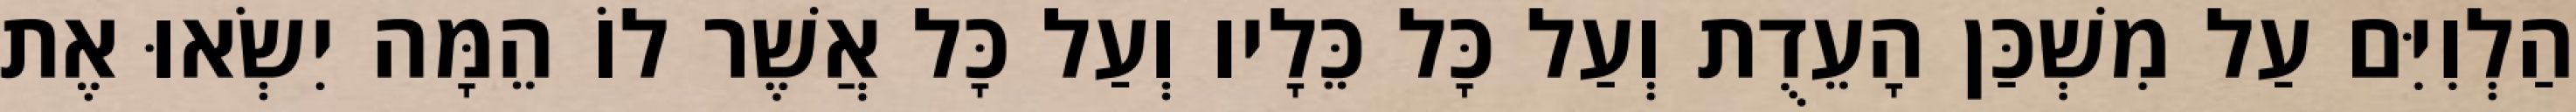
הַלְוִיִּם עַל מִשְׁכַּן הָעֵדֻת וְעַל כָּל כֵּלָיו וְעַל כָּל אֲשֶׁר לוֹ הֵמָּה יִשְׂאוּ אֶת